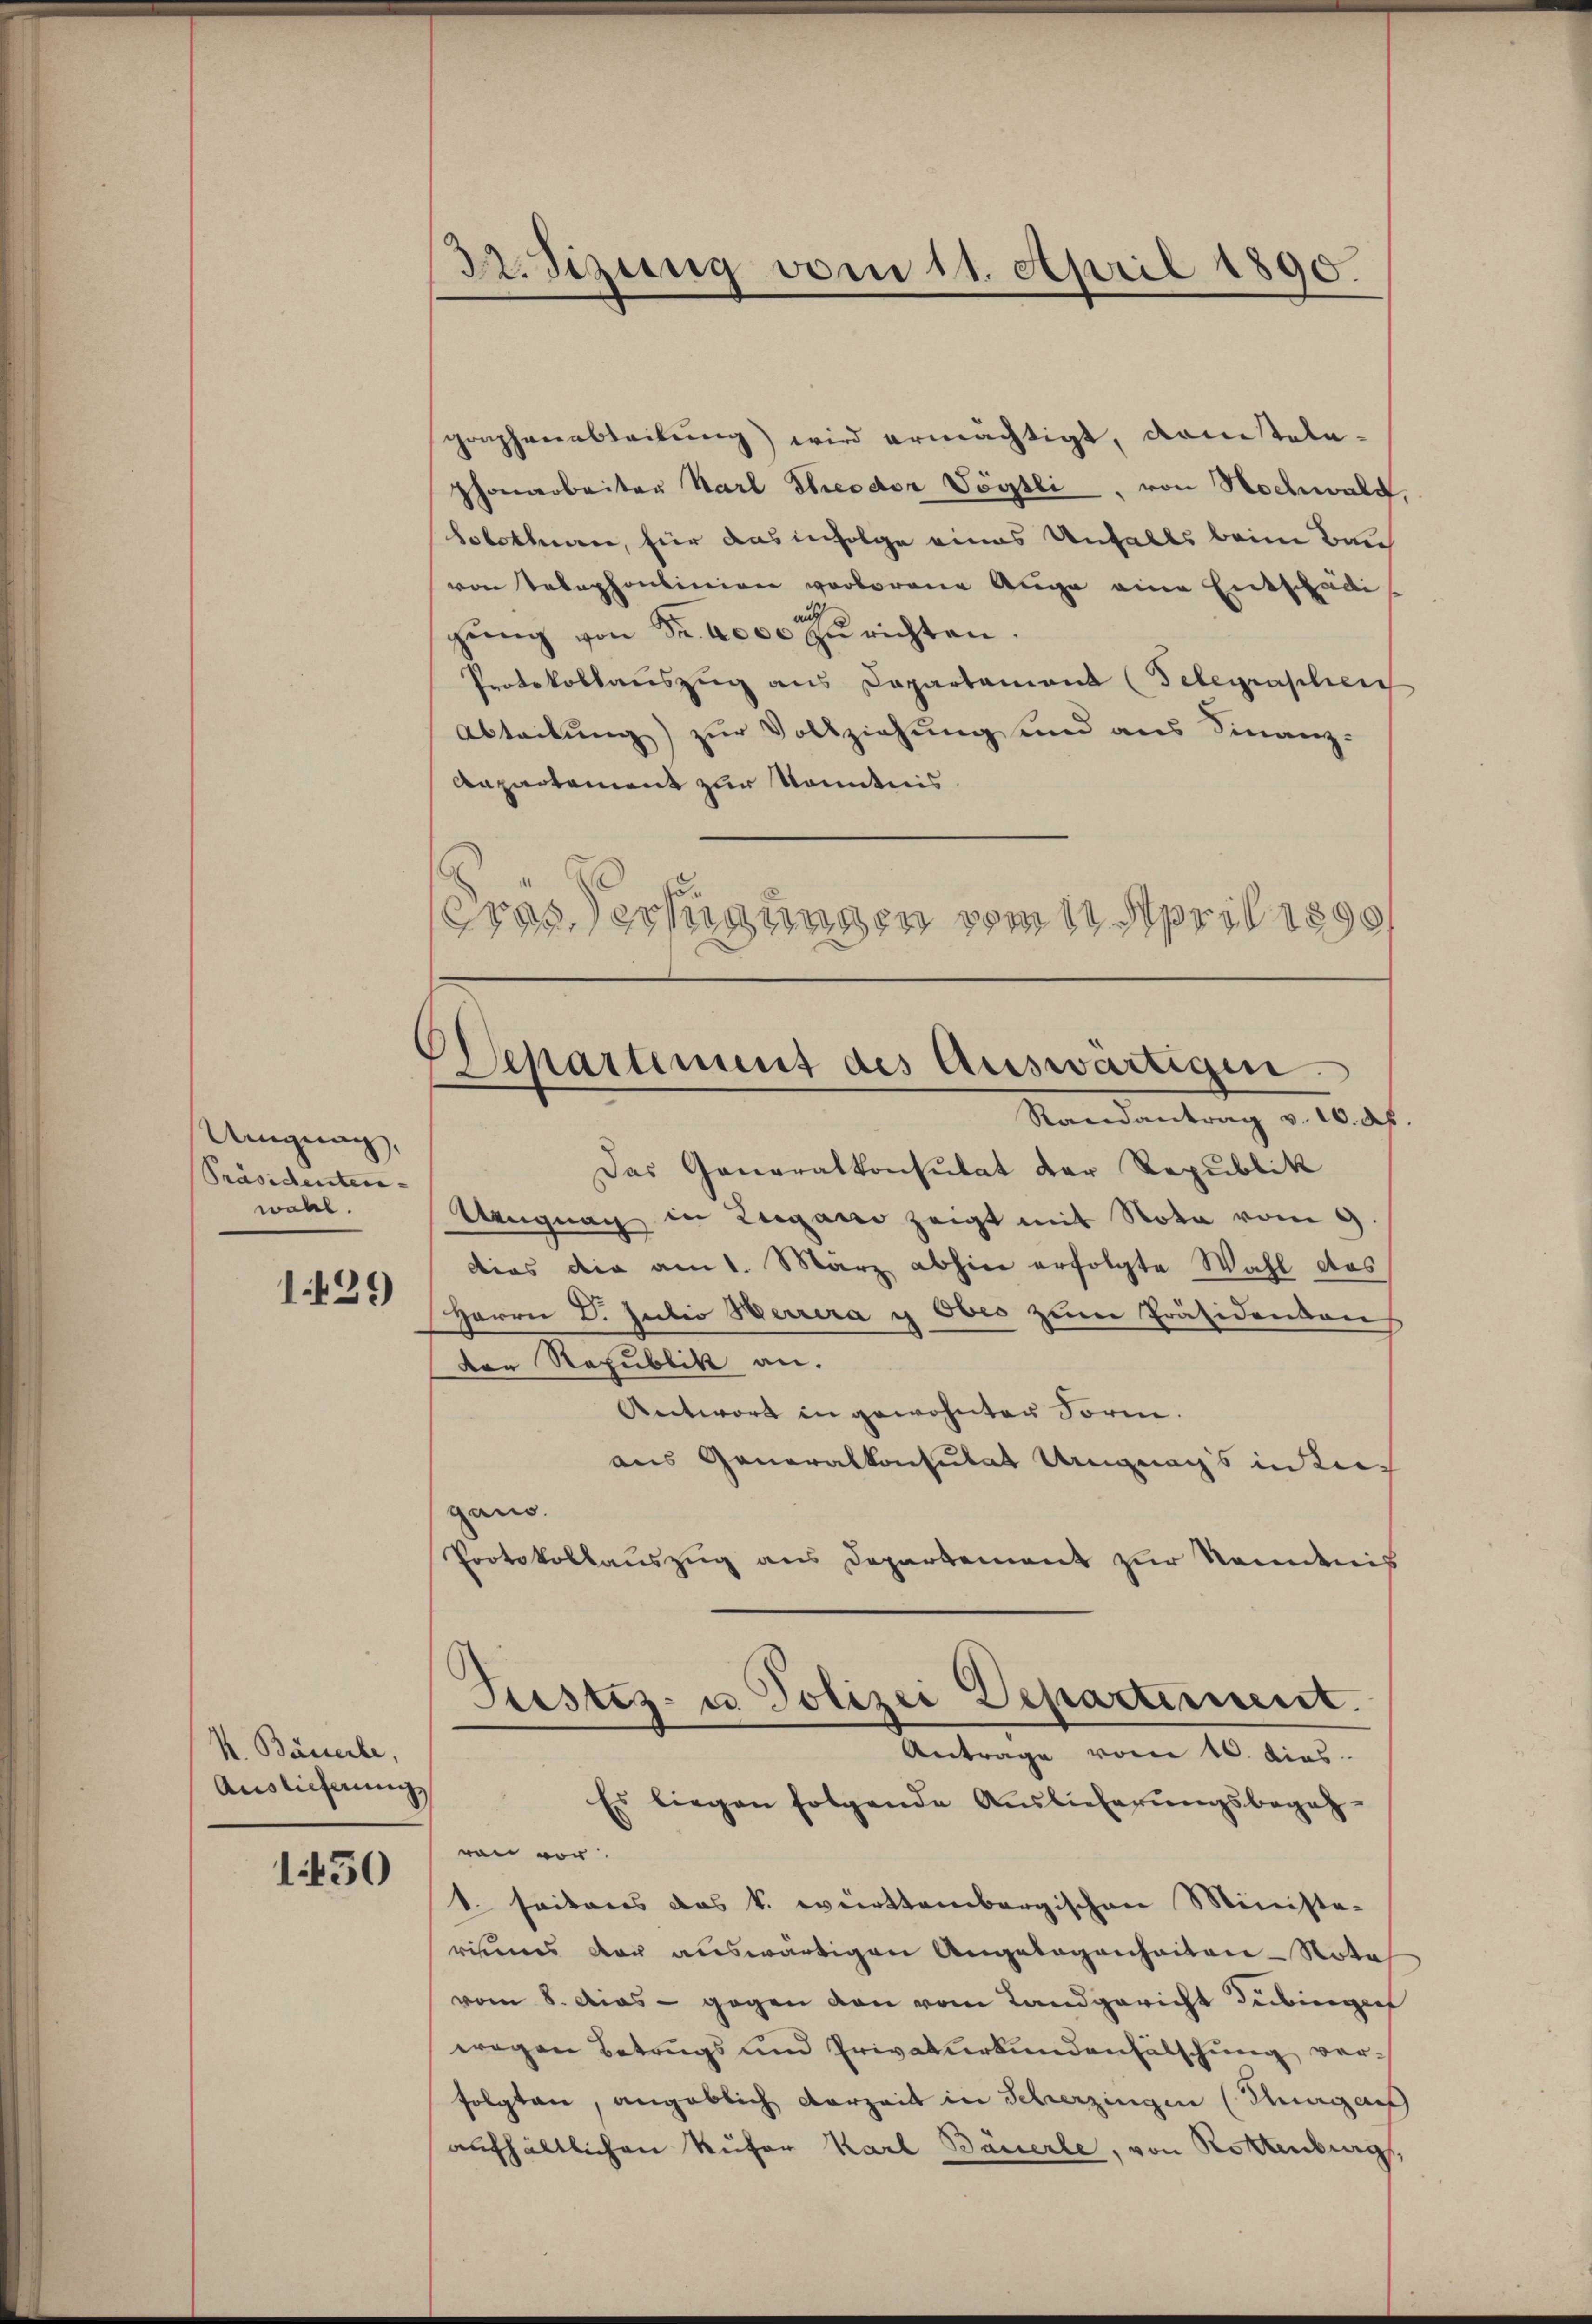
Ungung,
Präsidenten- |
wahl.
1429

A. Bäuerle,
Auslieferung

1450

Dr. Sizung vom 11. April 1890.

graphenableibung) wird ermächtigt, kantelephonarbeiter Karl Theodor Vögtli, von Hochwald,
Solothurn, für das infolge eines Unfalls beim Ban
von Telephonlinien verlorene Auge eine Entschädigŭng von Sr. 6000 e richten.
Protokollauszug aus Departamand (Telegraphen
Abteilung) zur Vollziehung und aus Finanz-
Anpartement zur Kenntnis.
ras erfügungen vom 11. April 1899,

Departement des Auswärtigen.
Randantrag v. 10. d

Das Generalkonsulat der Republik
Ungnag in Lugano zeigt mit Nota vom 9
dies die am 1. März abhin erfolgte Wahl des
Herrn D. Julio Herrera u Ober zum Präsidendans
Der Republik an.
Antwort in gewohnten Sorm.
aus Generalkonsulat Ungnags in Liegano.
Protokollauszug aus Departement zŭr Namenis
Pustiz- u Polizei Departement.
Antrage vom 10. dies
Es liegen folgende Auslieferŭngsbegeh-
ron vor.
1. seitens das k. württembergischen Ministe-
rinnes der auswärtigen Angelegenheiten - Nota
vom 8. Das - gegen von vom Landgericht Tübingef
wegen Betrugs und Privaturkundenfälschung verfolgten, angeblich vorzeit in Scherzingen (Tagar
aufhältlichen Küfer Karl Bäuerle, von Rottenburg,